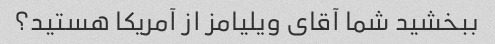
ببخشید شما آقای ویلیامز از آمریکا هستید؟